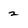
Character: 2